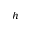
h